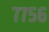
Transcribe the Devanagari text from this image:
७७५६